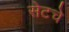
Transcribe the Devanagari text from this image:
सेटचे